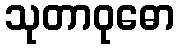
သုတာဝုဓော